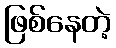
ဖြစ်နေတဲ့